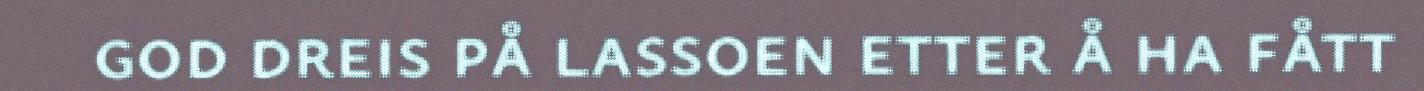
god dreis på lassoen etter å ha fått